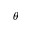
\theta